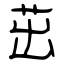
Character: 茁